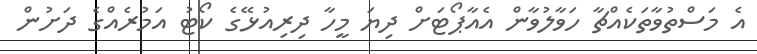
އެ މަސްތުވާތަކެއްޗާ ހަވާލުވާން އެއާޕޯޓަށް ދިޔަ މީހާ ދިރިއުޅޭގެ ކޯޓު އަމުރެއްގެ ދަށުން